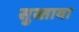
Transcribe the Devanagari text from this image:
सुस्ताया